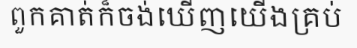
ពួកគាត់ក៏ចង់ឃើញយើងគ្រប់